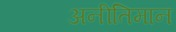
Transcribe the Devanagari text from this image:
अनीतिमान